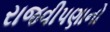
રાજવીપણાનો